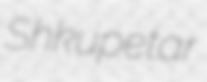
Shkupetar